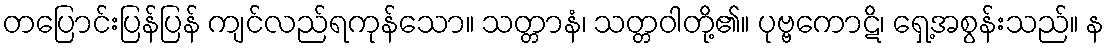
တပြောင်းပြန်ပြန် ကျင်လည်ရကုန်သော။ သတ္တာနံ၊ သတ္တဝါတို့၏။ ပုဗ္ဗကောဋိ၊ ရှေ့အစွန်းသည်။ န